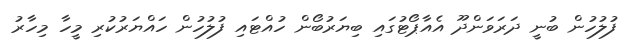
ފުލުހުން ބުނީ ދަރަވަންދޫ އެއާޕޯޓުގައި ބިޔަރުބޯން ހުއްޓައި ފުލުހުން ހައްޔަރުކުރި މީހާ މިހާރު